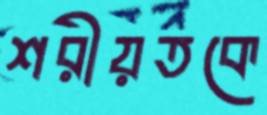
শরীয়তকে